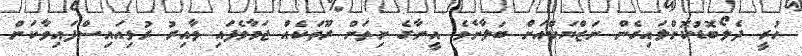
ހުރީ ދެލޯބޮޑުކޮށްލައިގެން ނަޒްޔަކްއަށް ބަލާށެވެ. އީނާގެ ނިތަށް ރޫތަކެއް ޖަމާވެފައި ވާއިރު ރުޅިއައިސްފައިވާކަން